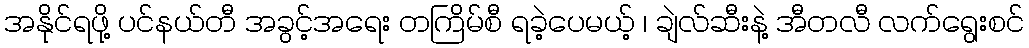
အနိုင်ရဖို့ ပင်နယ်တီ အခွင့်အရေး တကြိမ်စီ ရခဲ့ပေမယ့် ၊ ချဲလ်ဆီးနဲ့ အီတလီ လက်ရွေးစင်